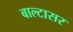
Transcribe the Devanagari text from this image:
बाल्टासर